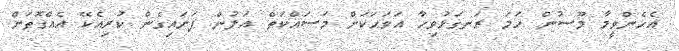
އެހެންވީމާ މޫސުން ހަމަ ރަނގަޅުވިހާ އަވަހަކަށް މަސައްކަތް އަލުން ފަށައިގެން ކުރިއެކޭ އެއްގޮތަށް